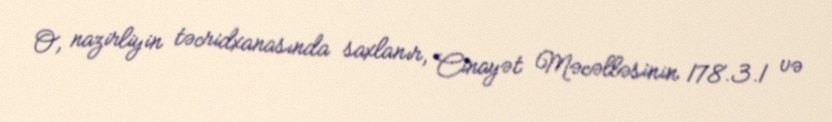
O, nazirliyin təcridxanasında saxlanır, Cinayət Məcəlləsinin 178.3.1 və